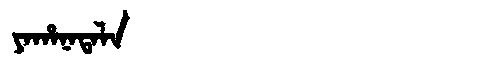
Manchu: ᠶᠠᡥᠠᠨᠠᡨᠠᠯᠠ
Romanization: YAHANATALA